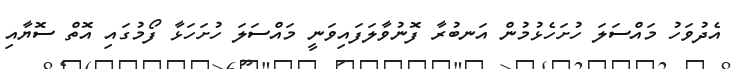
އެދުވަހު މައްސަލަ ހުށަހެޅުމުން އަނބުރާ ފޮނުވާލަފައިވަނީ މައްސަލަ ހުށަހަޅާ ފޯމުގައި އޮތް ސޮޔާއި